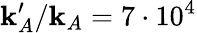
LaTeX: \mathbf{k}_{A}^{\prime}/\mathbf{k}_{A}=7\cdot10^{4}